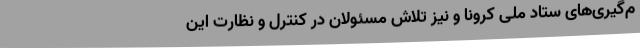
م‌گیری‌های ستاد ملی کرونا و نیز تلاش مسئولان در کنترل و نظارت این